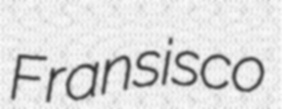
Fransisco